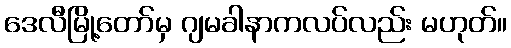
ဒေလီမြို့တော်မှ ဂျမခါနာကလပ်လည်း မဟုတ်။